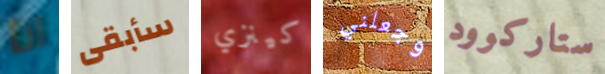
انا سأبقى كينزي وجعلني ستاركوود